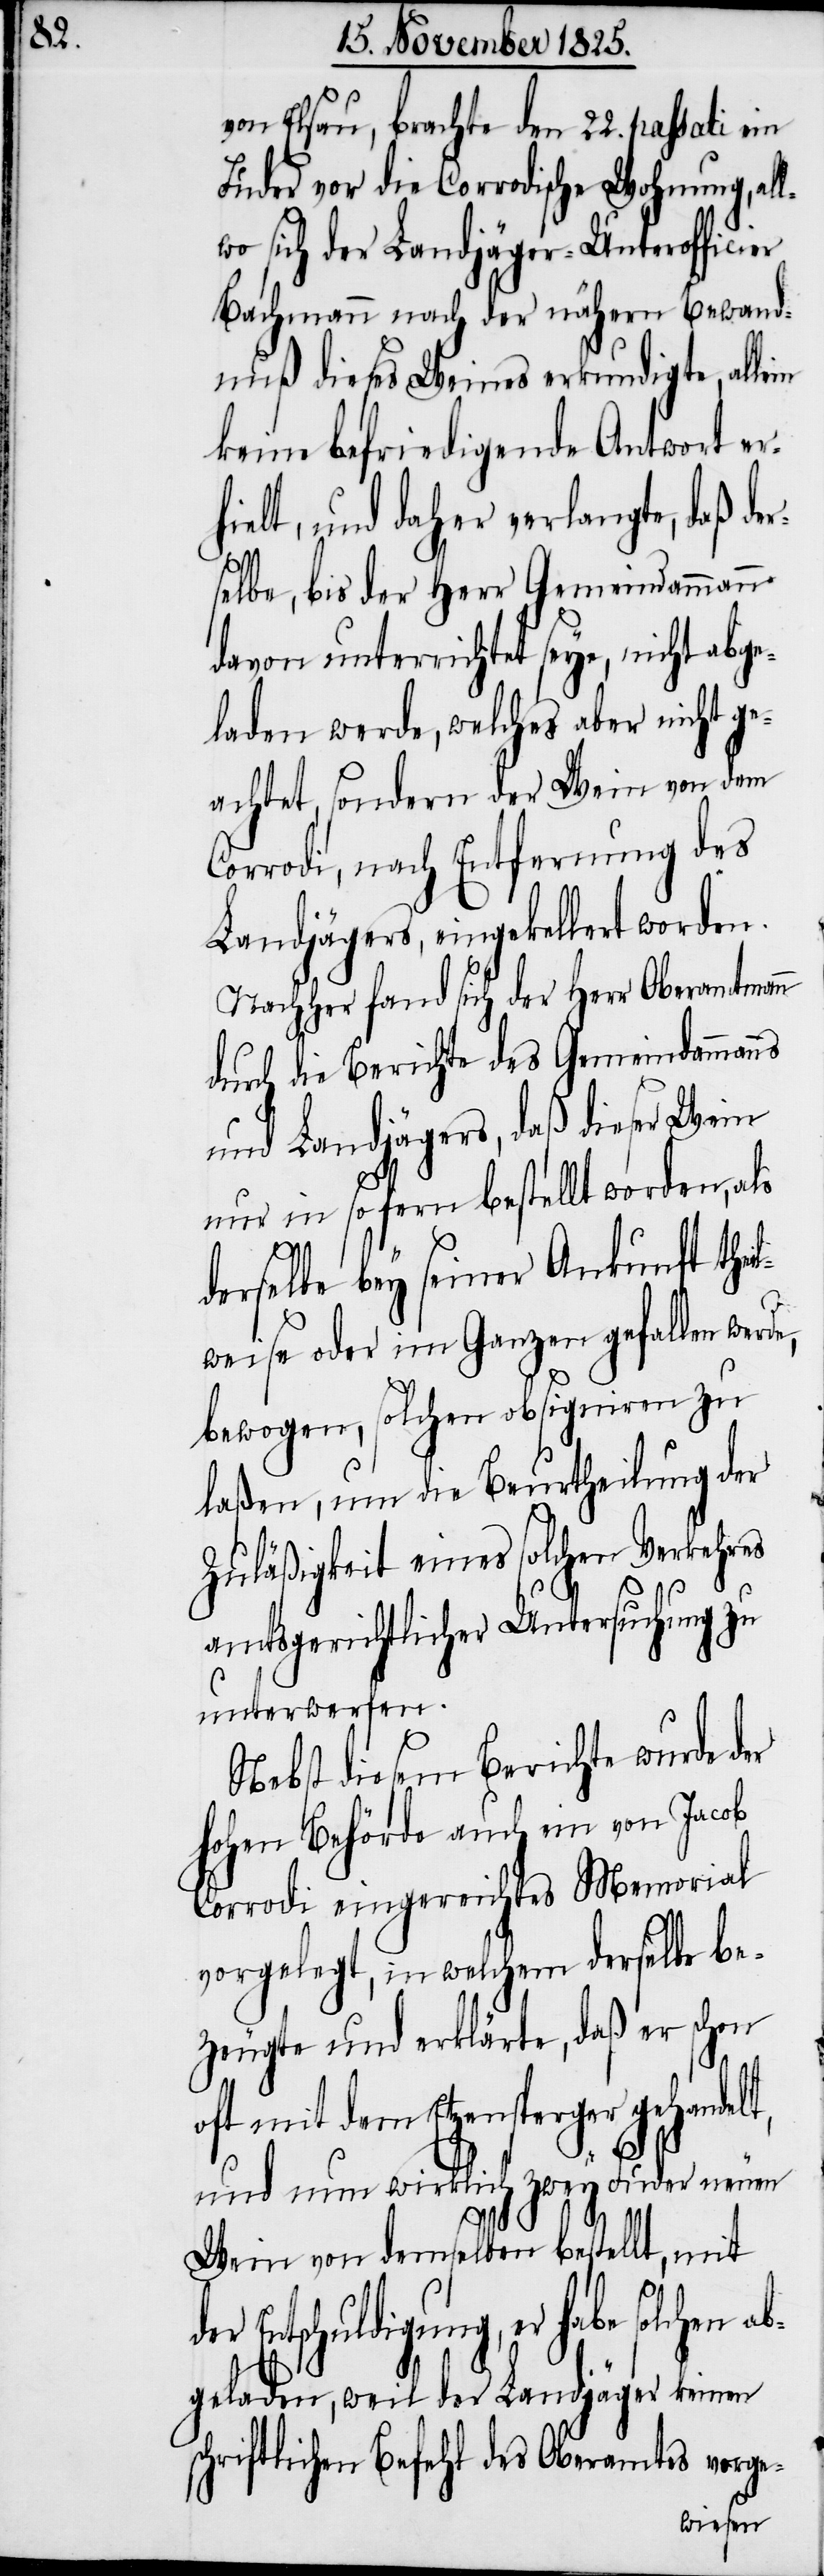
ab¬

von Elsau, brachte den 22. passati ein
Luder vor die Corrodische Wohnung, all¬
wo sich der Landjäger-Unterofficier
Bachmann nach der nähern Bewand¬
nuß dieses Weines erkundigte, allein
keine befriedigende Antwort er¬
hielt, und daher verlangte, daß der¬
selbe, bis der Herr Gemeindammann
davon unterrichtet seye, nicht abge¬
laden werde, welches aber nicht ge¬
achtet, sondern der Wein von dem
Corrodi, nach Entfernung des
Landjägers, eingekellert worden.
Nachher fand sich der Herr Oberamtmann
durch die Berichte des Gemeindammanns
und Landjägers, daß dieser Wein
nur in sofern bestellt worden, als
derselbe bey seiner Ankunft thei¬
lweise oder im Ganzen gefallen werde,
bewogen, solchen obsigniren zu
laßen, um die Beurtheilung der
Zuläßigkeit eines solchen Verkehres
amtsgerichtlicher Untersuchung zu
unterwerfen.
Nebst diesem Berichte wurde der
hohen Behörde auch ein von Jacob
Corrodi eingereichtes Memorial
vorgelegt, in welchem derselbe be¬
zeugte und erklärte, daß er schon
oft mit dem Etzensperger gehandelt,
und nun wirklich zwey Luder neuen
Wein von demselben bestellt, mit
Entschuldigung, er habe solche
geladen, weil der Landjäger keinen
schriftlichen Befehl des Oberamtes vorge-